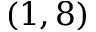
( 1 , 8 )